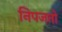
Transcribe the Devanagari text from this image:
निपजतो